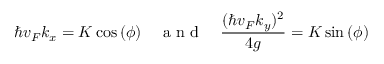
\hbar v _ { F } k _ { x } = K \cos { ( \phi ) } \quad \mathrm { ~ a ~ n ~ d ~ } \quad \frac { ( \hbar v _ { F } k _ { y } ) ^ { 2 } } { 4 g } = K \sin { ( \phi ) }